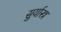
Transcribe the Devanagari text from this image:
सुर्यास्त्र